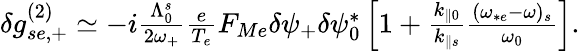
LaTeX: \begin{array}{r}{\delta g_{se,+}^{(2)}\simeq-i\frac{\Lambda_{0}^{s}}{2\omega_{+}}\frac{e}{T_{e}}F_{Me}\delta\psi_{+}\delta\psi_{0}^{*}\left[1+\frac{k_{\parallel 0}}{k_{\parallel s}}\frac{(\omega_{*e}-\omega)_{s}}{\omega_{0}}\right].}\end{array}